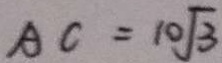
A C = 1 0 \sqrt { 3 }